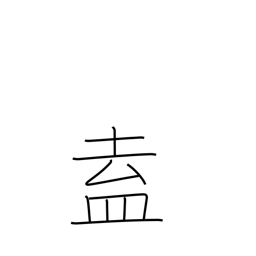
Meaning: congregate